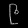
Digit: ၉